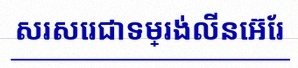
សរសេរជាទម្រង់លីនេអ៊ែរ